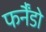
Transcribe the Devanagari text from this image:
फर्नैंडो